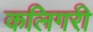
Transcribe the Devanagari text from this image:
कलिगरी